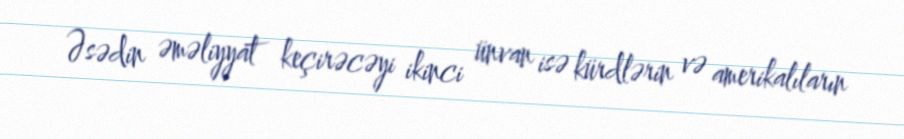
Əsədin əməliyyat keçirəcəyi ikinci ünvan isə kürdlərin və amerikalıların